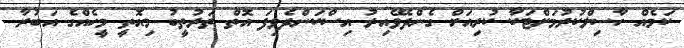
ކަމެއް ހާސިލްކުރުމަށްޓަކާ ކުރިއަށް ގެންދެވޭއިރު އިސްކަންދެވިފަ އޮތް ތަރުތީބު މިއޮތީ މީހެއްގެ އަބުރާ